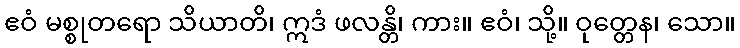
ဧဝံ မစ္စုတရော သိယာတိ၊ ဣဒံ ဖလန္တိ၊ ကား။ ဧဝံ၊ သို့။ ဝုတ္တေန၊ သော။